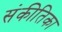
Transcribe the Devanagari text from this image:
संकीतिका